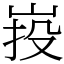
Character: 𡷠